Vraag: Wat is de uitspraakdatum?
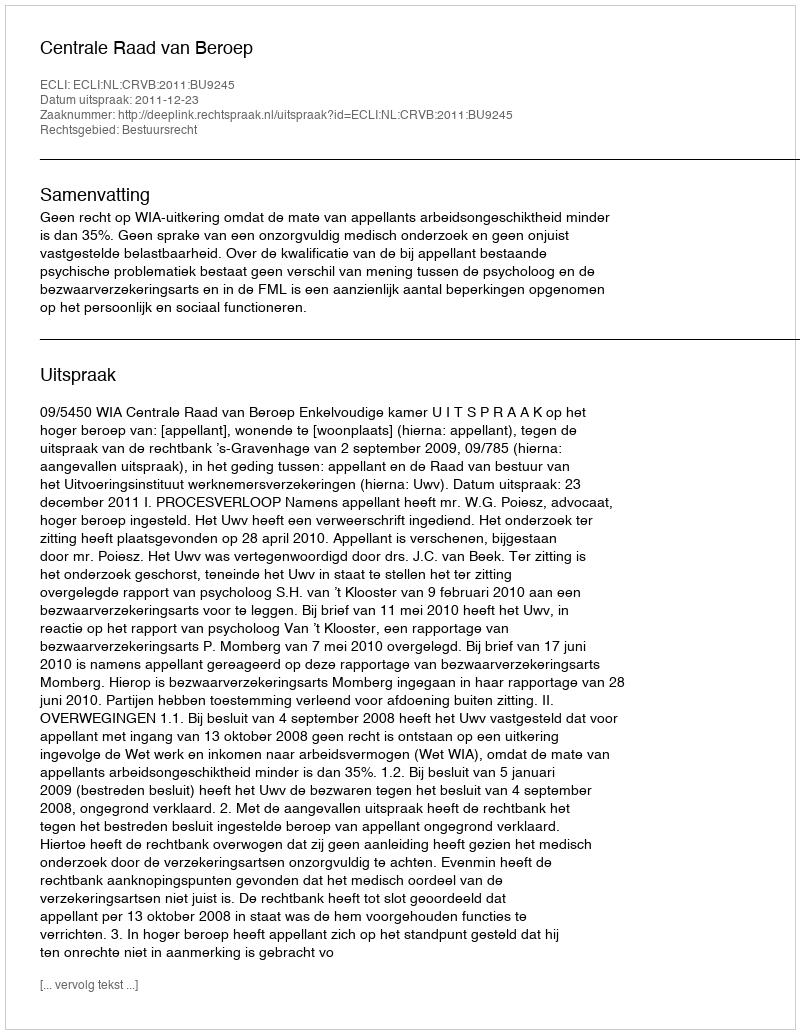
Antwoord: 2011-12-23